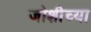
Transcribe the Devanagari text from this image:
जोशीच्या